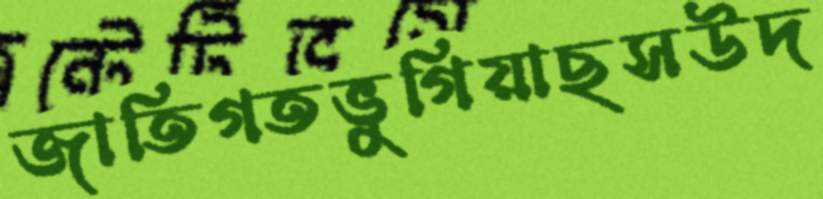
জাতিগতভুগিয়াছসউদ